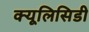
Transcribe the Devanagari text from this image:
क्यूलिसिडी